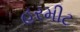
હરમીટ